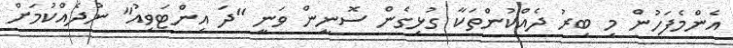
އެންމެފަހުން މި ބިރު ދެއްކުންތަކާ ގުޅިގެން ސޮނީން ވަނީ "ދަ އިންޓަވިއު" ނުދެއްކުމަށް